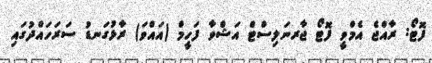
ފޮޓޯ: ރާއްޖެ އެމްވީ ފޮޓޯ ޖާރނަލިސްޓް އަޝްވާ ފަހީމް (އައްވަ) ރާޅުގަނޑު ސަރަހައްދުގައި